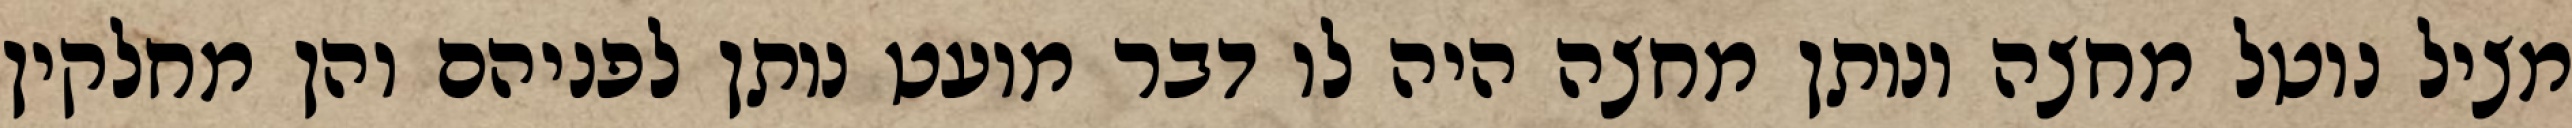
מציל נוטל מחצה ונותן מחצה היה לו דבר מועט נותן לפניהם והן מחלקין